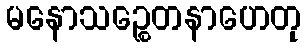
မနောသဉ္စေတနာဟေတု